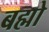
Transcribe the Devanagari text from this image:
बह्मो